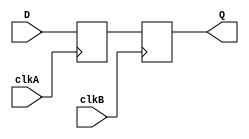
module master_slave_synchronizer (
    input wire D,          // Data input
    input wire clkA,      // Clock for master flip-flop
    input wire clkB,      // Clock for slave flip-flop
    output reg Q          // Synchronized output
);

    reg Q1;               // Output of the master flip-flop

    // Master Flip-Flop: Triggered by clkA
    always @(posedge clkA) begin
        Q1 <= D;          // Capture input data on rising edge of clkA
    end

    // Slave Flip-Flop: Triggered by clkB
    always @(posedge clkB) begin
        Q <= Q1;         // Capture output of master flip-flop on rising edge of clkB
    end

endmodule